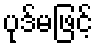
ပုဒ်မဖြင့်